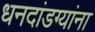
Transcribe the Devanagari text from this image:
धनदांडग्यांना